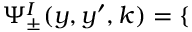
\begin{array} { r } { \Psi _ { \pm } ^ { I } ( y , y ^ { \prime } , k ) = \left\{ \begin{array} { r l } \end{array} \right. } \end{array}